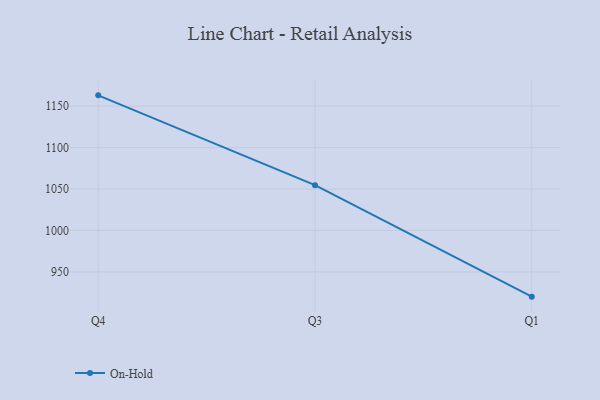
{"axis": {"x": "Quarter", "y": "Active Users"}, "legend": ["On-Hold"], "data": [{"x": "Q4", "y": 1163.0, "type": "On-Hold"}, {"x": "Q3", "y": 1054.7, "type": "On-Hold"}, {"x": "Q1", "y": 920.2, "type": "On-Hold"}]}